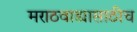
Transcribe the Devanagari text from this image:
मराठवाड्यासाठीच